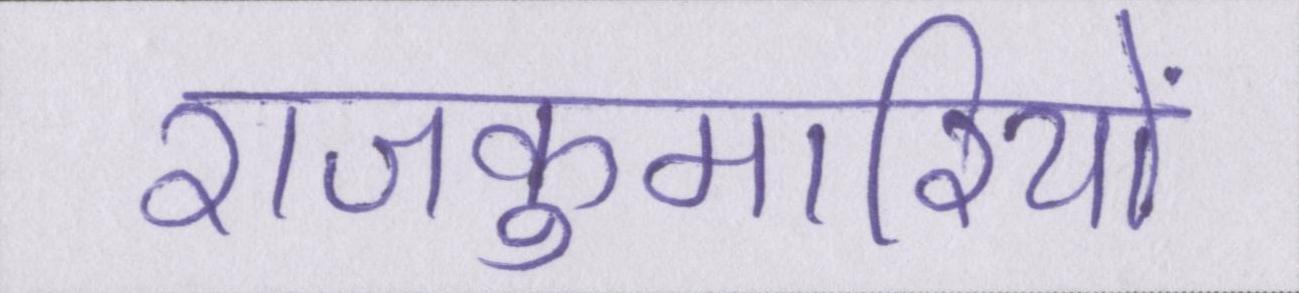
राजकुमारियों